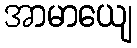
အာမာယျေ